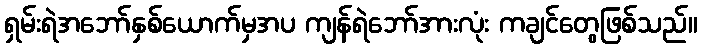
ရှမ်းရဲအဘော်နှစ်ယောက်မှအပ ကျန်ရဲဘော်အားလုံး ကချင်တွေဖြစ်သည်။